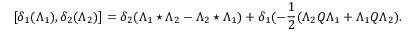
[ \delta _ { 1 } ( \Lambda _ { 1 } ) , \delta _ { 2 } ( \Lambda _ { 2 } ) ] = \delta _ { 2 } ( \Lambda _ { 1 } \star \Lambda _ { 2 } - \Lambda _ { 2 } \star \Lambda _ { 1 } ) + \delta _ { 1 } ( - \frac { 1 } { 2 } ( \Lambda _ { 2 } Q \Lambda _ { 1 } + \Lambda _ { 1 } Q \Lambda _ { 2 } ) .